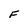
Character: F